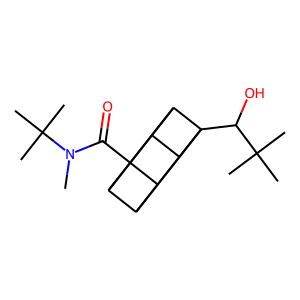
SMILES: CN(C(=O)C12C3C4C1C1C2C3C41C(O)C(C)(C)C)C(C)(C)C
Inhibits HIV replication: No